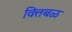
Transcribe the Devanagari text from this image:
वित्तबळ